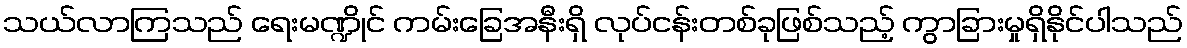
သယ်လာကြသည် ရေးမဏ္ဍိုင် ကမ်းခြေအနီးရှိ လုပ်ငန်းတစ်ခုဖြစ်သည့် ကွာခြားမှုရှိနိုင်ပါသည်